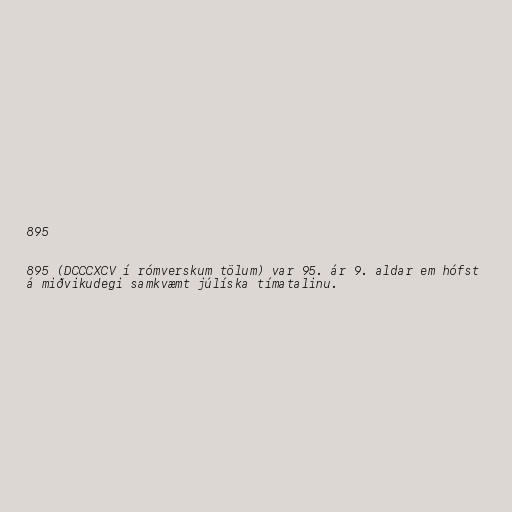
895

895 (DCCCXCV í rómverskum tölum) var 95. ár 9. aldar em hófst
á miðvikudegi samkvæmt júlíska tímatalinu.